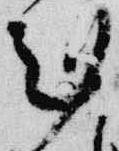
剋